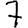
Digit: 7